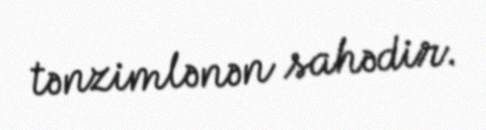
tənzimlənən sahədir.